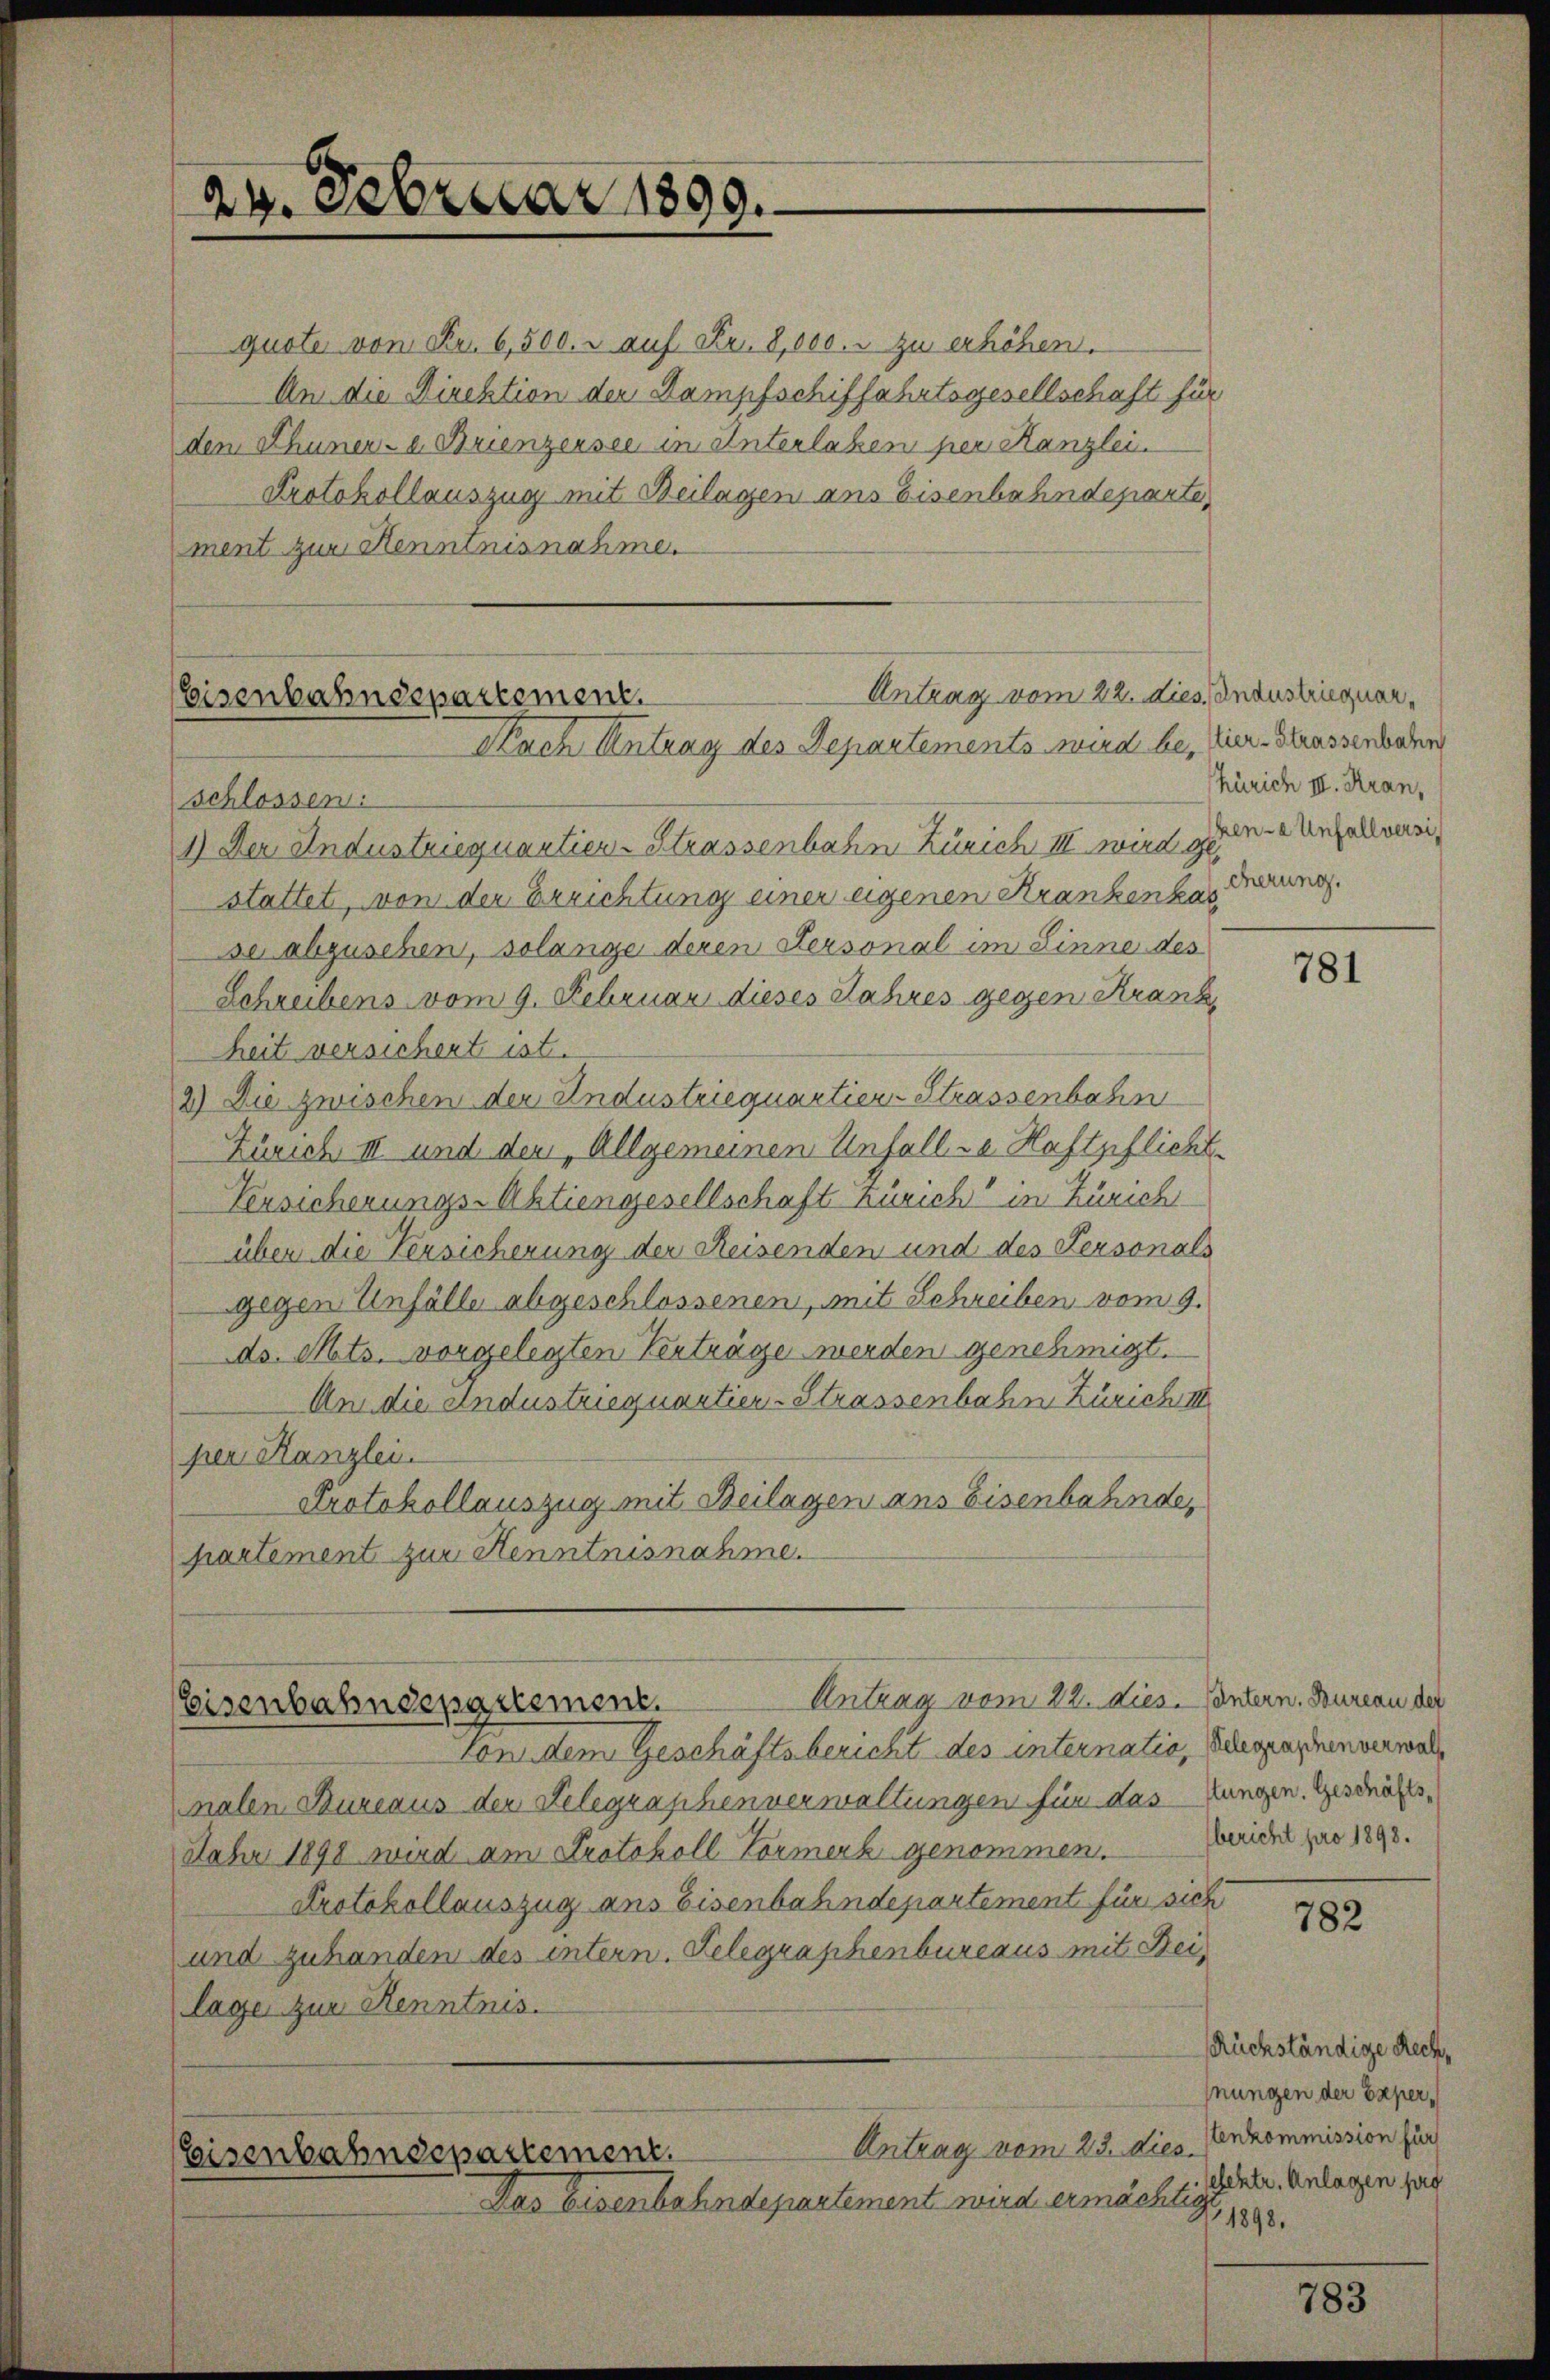
24. Februar 1899.

Antrag vom 22. dies Industriequar,
Eisenbahndepartement.
Nach Antrag des Departements wird bei Vier-Strassenboden

quote vom Fr. 6,500. r auf Fr. 8,000. zu erhöhen.
An die Direktion der Dampfschiffahrtsgesellschaft für
den Thuner- e. Brienzensee in Unterlassen per Kanzlei.
Protokollauszug mit Beilagen ans Eisenbahndeparte,
ment zur Kenntnisnahme.

Antrag vom 22. dies. Pantern. Bureau der
Eisenbahndepartement.

Zürich III. Kran,
ken-a Unfallversi
cherung.

Von dem Geschäftsbericht des internatio, Belegraphenverwalmalen Bureaus der Telegraphenverwaltungen für das Lungen. Geschäfts¬
Jahr 1898 wird am Protokoll Vormerk genommen.
Protokollauszug aus Eisenbahndepartement für sich
und zuhanden des intern. Gelegraphenbureaus mit Beilage zur Kenntnis.
Antrag vom 23. dies
Eisenbahndepartement.
Das Eisenbahndepartement wird ermächtig

schlossen:
1.) Der Industriequantien-Strassenbahn Zürich III wird ge
stattet, von der Errichtung einer eigenen Krankenkas
se abzusehen, solange deren Personal im Linne des
Schreibens vom 9. Februar dieses Jahres gegen Kranz
heit versichert ist.
2) Die zwischen der Andustriequartier-Strassenbahn
Zürich II und dem Allgemeinen Unfalle Haftpflicht
Versicherungs-Aktiengesellschaft Zürich in Zürich
über die Versicherung der Reisenden und des Personals
gegen Unfälle abgeschlossenen, mit Schreiben vom 9.
ds. Mts. vorgelegten Verträge werden genehmigt.
Um die andustriequartier-Strassenbahn Zürich III
per Kanzlei.
Protokollauszug mit Beilagen ans Eisenbahnde,
partement zur Henntnisnahme.

781

bericht pro 1898.

782

Rückständige Rech
fnungen der Expertenkommission für
elektr. Anlagen pro
1898.

783